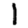
Digit: 1